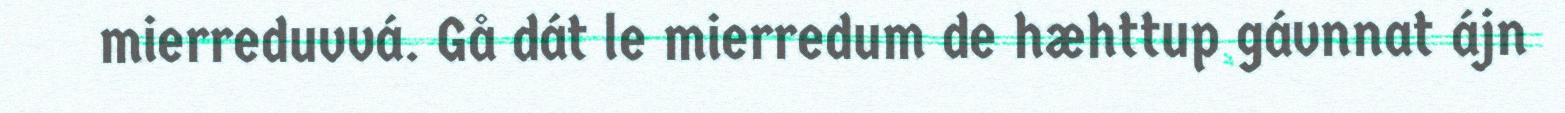
mierreduvvá. Gå dát le mierredum de hæhttup gávnnat ájn